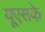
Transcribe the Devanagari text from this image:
यूएसके